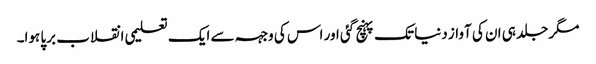
مگر جلد ہی ان کی آواز دنیا تک پہنچ گئی اور اس کی وجہہ سے ایک تعلیمی انقلاب برپا ہوا۔